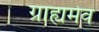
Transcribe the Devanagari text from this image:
ग्राह्यमेव